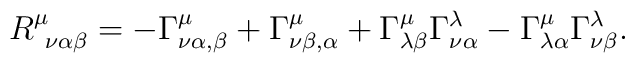
R^\mu _{~\nu \alpha \beta} = - \Gamma ^\mu _{\nu \alpha , \beta }+ \Gamma ^\mu _{\nu \beta , \alpha }+ \Gamma ^\mu _{\lambda \beta} \Gamma^\lambda _{\nu \alpha}- \Gamma ^\mu _{\lambda \alpha } \Gamma^\lambda _{\nu \beta} .